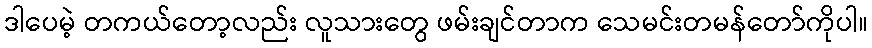
ဒါပေမဲ့ တကယ်တော့လည်း လူသားတွေ ဖမ်းချင်တာက သေမင်းတမန်တော်ကိုပါ။